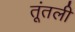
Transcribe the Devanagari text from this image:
तूंतली